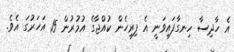
އެ ހާދިސާ ހިނގާފައިވަނީ އެ ފިރިހެން ކުއްޖާގެ އުމުރުން 15 އަހަރުގަ އެވެ.